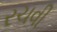
રચવી